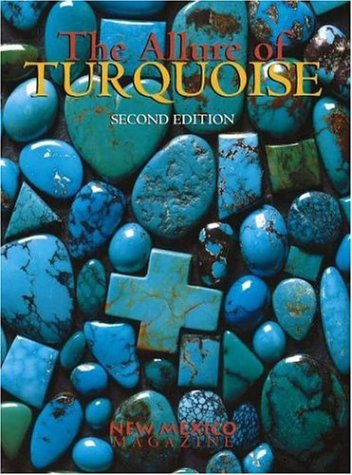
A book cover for The Allure of Turquoise; Sports & Outdoors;